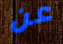
عن